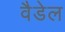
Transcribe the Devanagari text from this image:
वैडेल